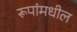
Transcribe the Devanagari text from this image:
रूपांमधील